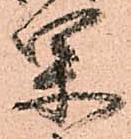
果